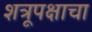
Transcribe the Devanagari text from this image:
शत्रूपक्षाचा